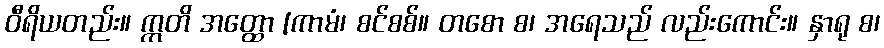
ဝီရိယတည်း။ ဣတိ အတ္ထော [ကာမံ၊ စင်စစ်။ တစော စ၊ အရေသည် လည်းကောင်း။ နှာရု စ၊